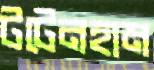
টটেনহাম